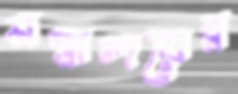
মন্ত্রালয়ের